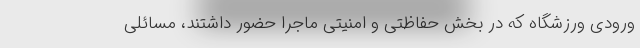
ورودی ورزشگاه که در بخش حفاظتی و امنیتی ماجرا حضور داشتند، مسائلی